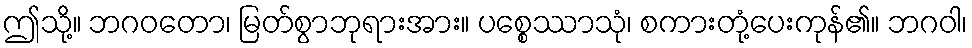
ဤသို့။ ဘဂဝတော၊ မြတ်စွာဘုရားအား။ ပစ္စေဿာသုံ၊ စကားတုံ့ပေးကုန်၏။ ဘဂဝါ၊